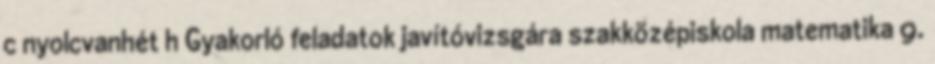
c nyolcvanhét h Gyakorló feladatok javítóvizsgára szakközépiskola matematika 9.